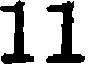
11